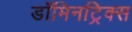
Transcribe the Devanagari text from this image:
डॉमिनट्रिक्स